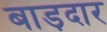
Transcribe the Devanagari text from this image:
बाड़दार